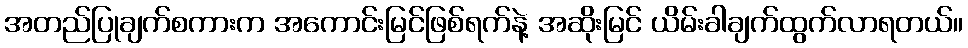
အတည်ပြုချက်စကားက အကောင်းမြင်ဖြစ်ရက်နဲ့ အဆိုးမြင် ယိမ်းခါချက်ထွက်လာရတယ်။